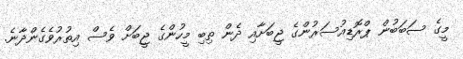
މީގެ ސަބަބުން ޕްރޮޑިއުސަރުންގެ ޖީބަށާއި ދެން ތިބި މީހުންގެ ޖީބަށް ވެސް އިތުރުވެގެންދާނެ.